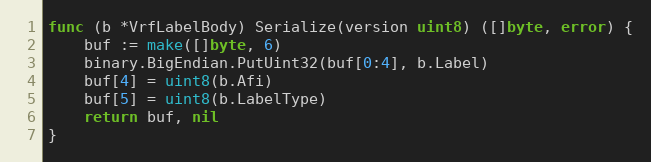
Language: Go
func (b *VrfLabelBody) Serialize(version uint8) ([]byte, error) {
	buf := make([]byte, 6)
	binary.BigEndian.PutUint32(buf[0:4], b.Label)
	buf[4] = uint8(b.Afi)
	buf[5] = uint8(b.LabelType)
	return buf, nil
}